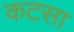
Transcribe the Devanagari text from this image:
कटसा